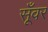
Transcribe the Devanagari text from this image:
सूँवर